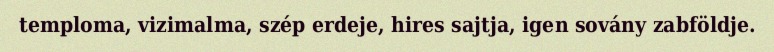
temploma, vizimalma, szép erdeje, hires sajtja, igen sovány zabföldje.